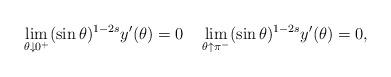
LaTeX: \begin{gather*}\lim_{\theta\downarrow0^+} (\sin\theta)^{1-2s}y'(\theta) = 0\quad\lim_{\theta\uparrow\pi^-} (\sin\theta)^{1-2s}y'(\theta) = 0,\end{gather*}